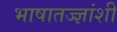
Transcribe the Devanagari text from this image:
भाषातज्ज्ञांशी